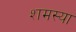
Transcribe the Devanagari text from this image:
शमस्या